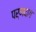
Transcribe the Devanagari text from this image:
पर्णदाग